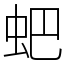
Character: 蚆